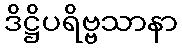
ဒိဋ္ဌိပရိဗ္ဗသာနာ